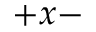
+ x -